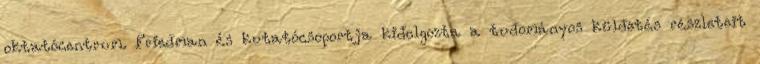
oktatócentrum. Friedman és kutatócsoportja kidolgozta a tudományos küldetés részleteit